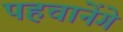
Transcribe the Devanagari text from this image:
पहचानेंगे